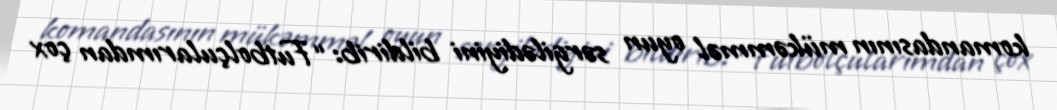
komandasının mükəmməl oyun sərgilədiyini bildirib: “Futbolçularımdan çox